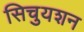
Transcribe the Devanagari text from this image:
सिचुयशन